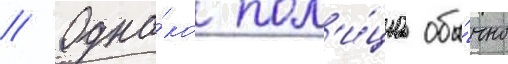
// Одна́ко пол'и́циа обы́чно